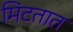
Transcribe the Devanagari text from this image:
मिटतात